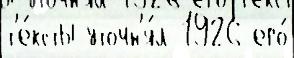
т'е́ксты уточн'я́л 1926 его́